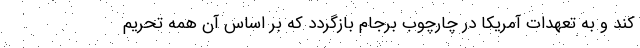
کند و به تعهدات آمریکا در چارچوب برجام بازگردد که بر اساس آن همه تحریم